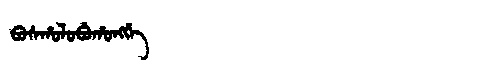
Manchu: ᠪᠣᠰᡥᠣᠯᠣᠪᡠᡥᠣᠩᡤᡝ
Romanization: BOSHOLOBUHONGGE